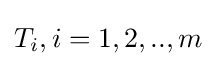
T_{i},i=1,2,..,m